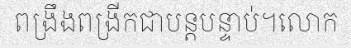
ពង្រឹងពង្រីកជាបន្តបន្ទាប់។លោក